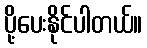
ပို့ပေးနိုင်ပါတယ်။